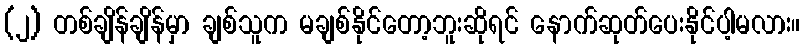
(၂) တစ်ချိန်ချိန်မှာ ချစ်သူက မချစ်နိုင်တော့ဘူးဆိုရင် နောက်ဆုတ်ပေးနိုင်ပါ့မလား။